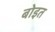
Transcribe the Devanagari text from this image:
बोइत